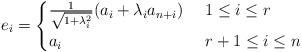
LaTeX: \begin{align*} e_i=\begin{cases} \frac{1}{\sqrt{1+\lambda_i^2}}(a_i+\lambda_ia_{n+i})& \,\, {1 \le i \le r }\\ a_i & \,\, {r+1 \le i \le n } \end{cases}\end{align*}